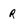
Character: r